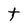
Character: t